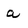
Character: a